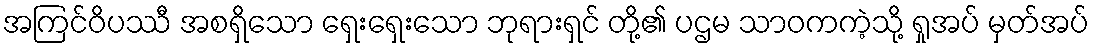
အကြင်ဝိပဿီ အစရှိသော ရှေးရှေးသော ဘုရားရှင် တို့၏ ပဌမ သာဝကကဲ့သို့ ရှုအပ် မှတ်အပ်